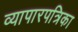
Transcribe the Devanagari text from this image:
व्यापारपत्रिका